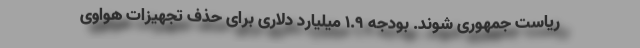
ریاست جمهوری شوند. بودجه 1.9 میلیارد دلاری برای حذف تجهیزات هواوی